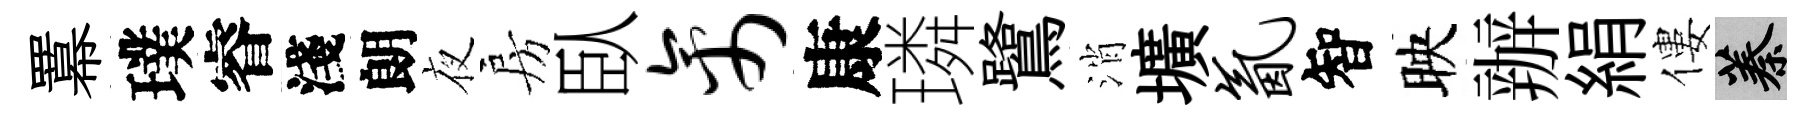
羃璞睿淺朗夜房臥禽康璘鷺消壙氤智映辦絹僂蓁